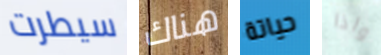
سيطرت هناك حياتة واذا